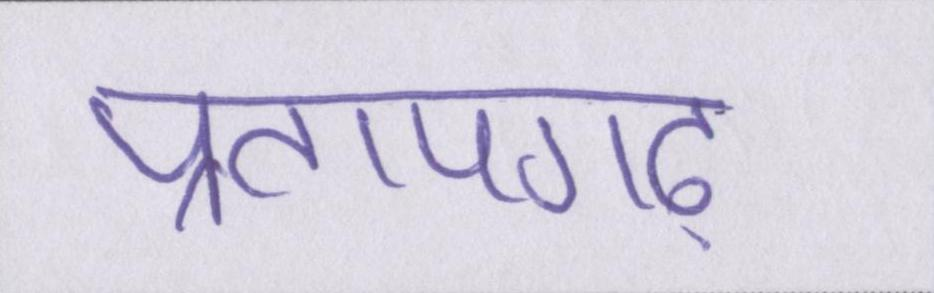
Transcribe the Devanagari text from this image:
प्रतापगढ़